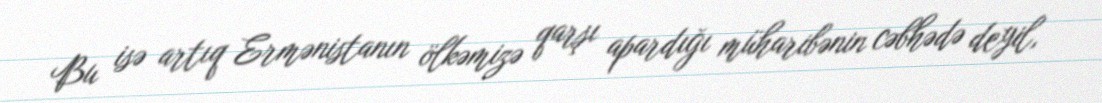
Bu isə artıq Ermənistanın ölkəmizə qarşı apardığı müharibənin cəbhədə deyil,